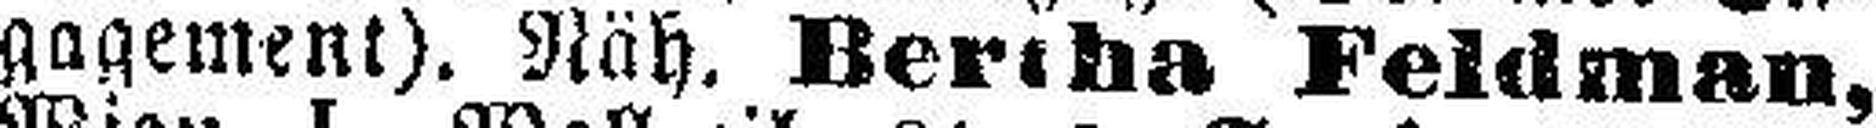
gagement). Näh. Bertha Feldman,